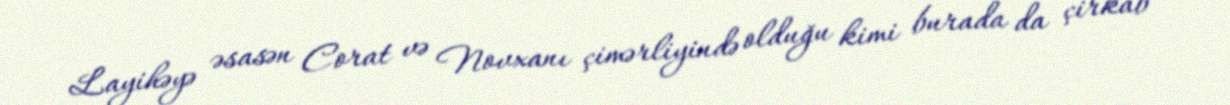
Layihəyə əsasən Corat və Novxanı çimərliyində olduğu kimi burada da çirkab